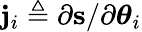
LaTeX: \mathbf{j}_{i}\triangleq\partial\mathbf{s}/\partial\boldsymbol\theta_{i}